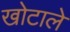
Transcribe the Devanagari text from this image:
खोटाले